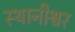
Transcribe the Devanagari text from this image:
स्थानीश्वर